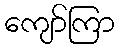
ကျော်ကြာ